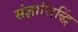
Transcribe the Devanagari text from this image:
संज्ञासिद्धिं